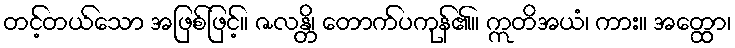
တင့်တယ်သော အဖြစ်ဖြင့်။ ဇလန္တိ၊ တောက်ပကုန်၏။ ဣတိအယံ၊ ကား။ အတ္ထော၊